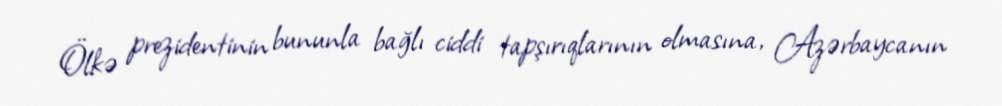
Ölkə prezidentinin bununla bağlı ciddi tapşırıqlarının olmasına, Azərbaycanın